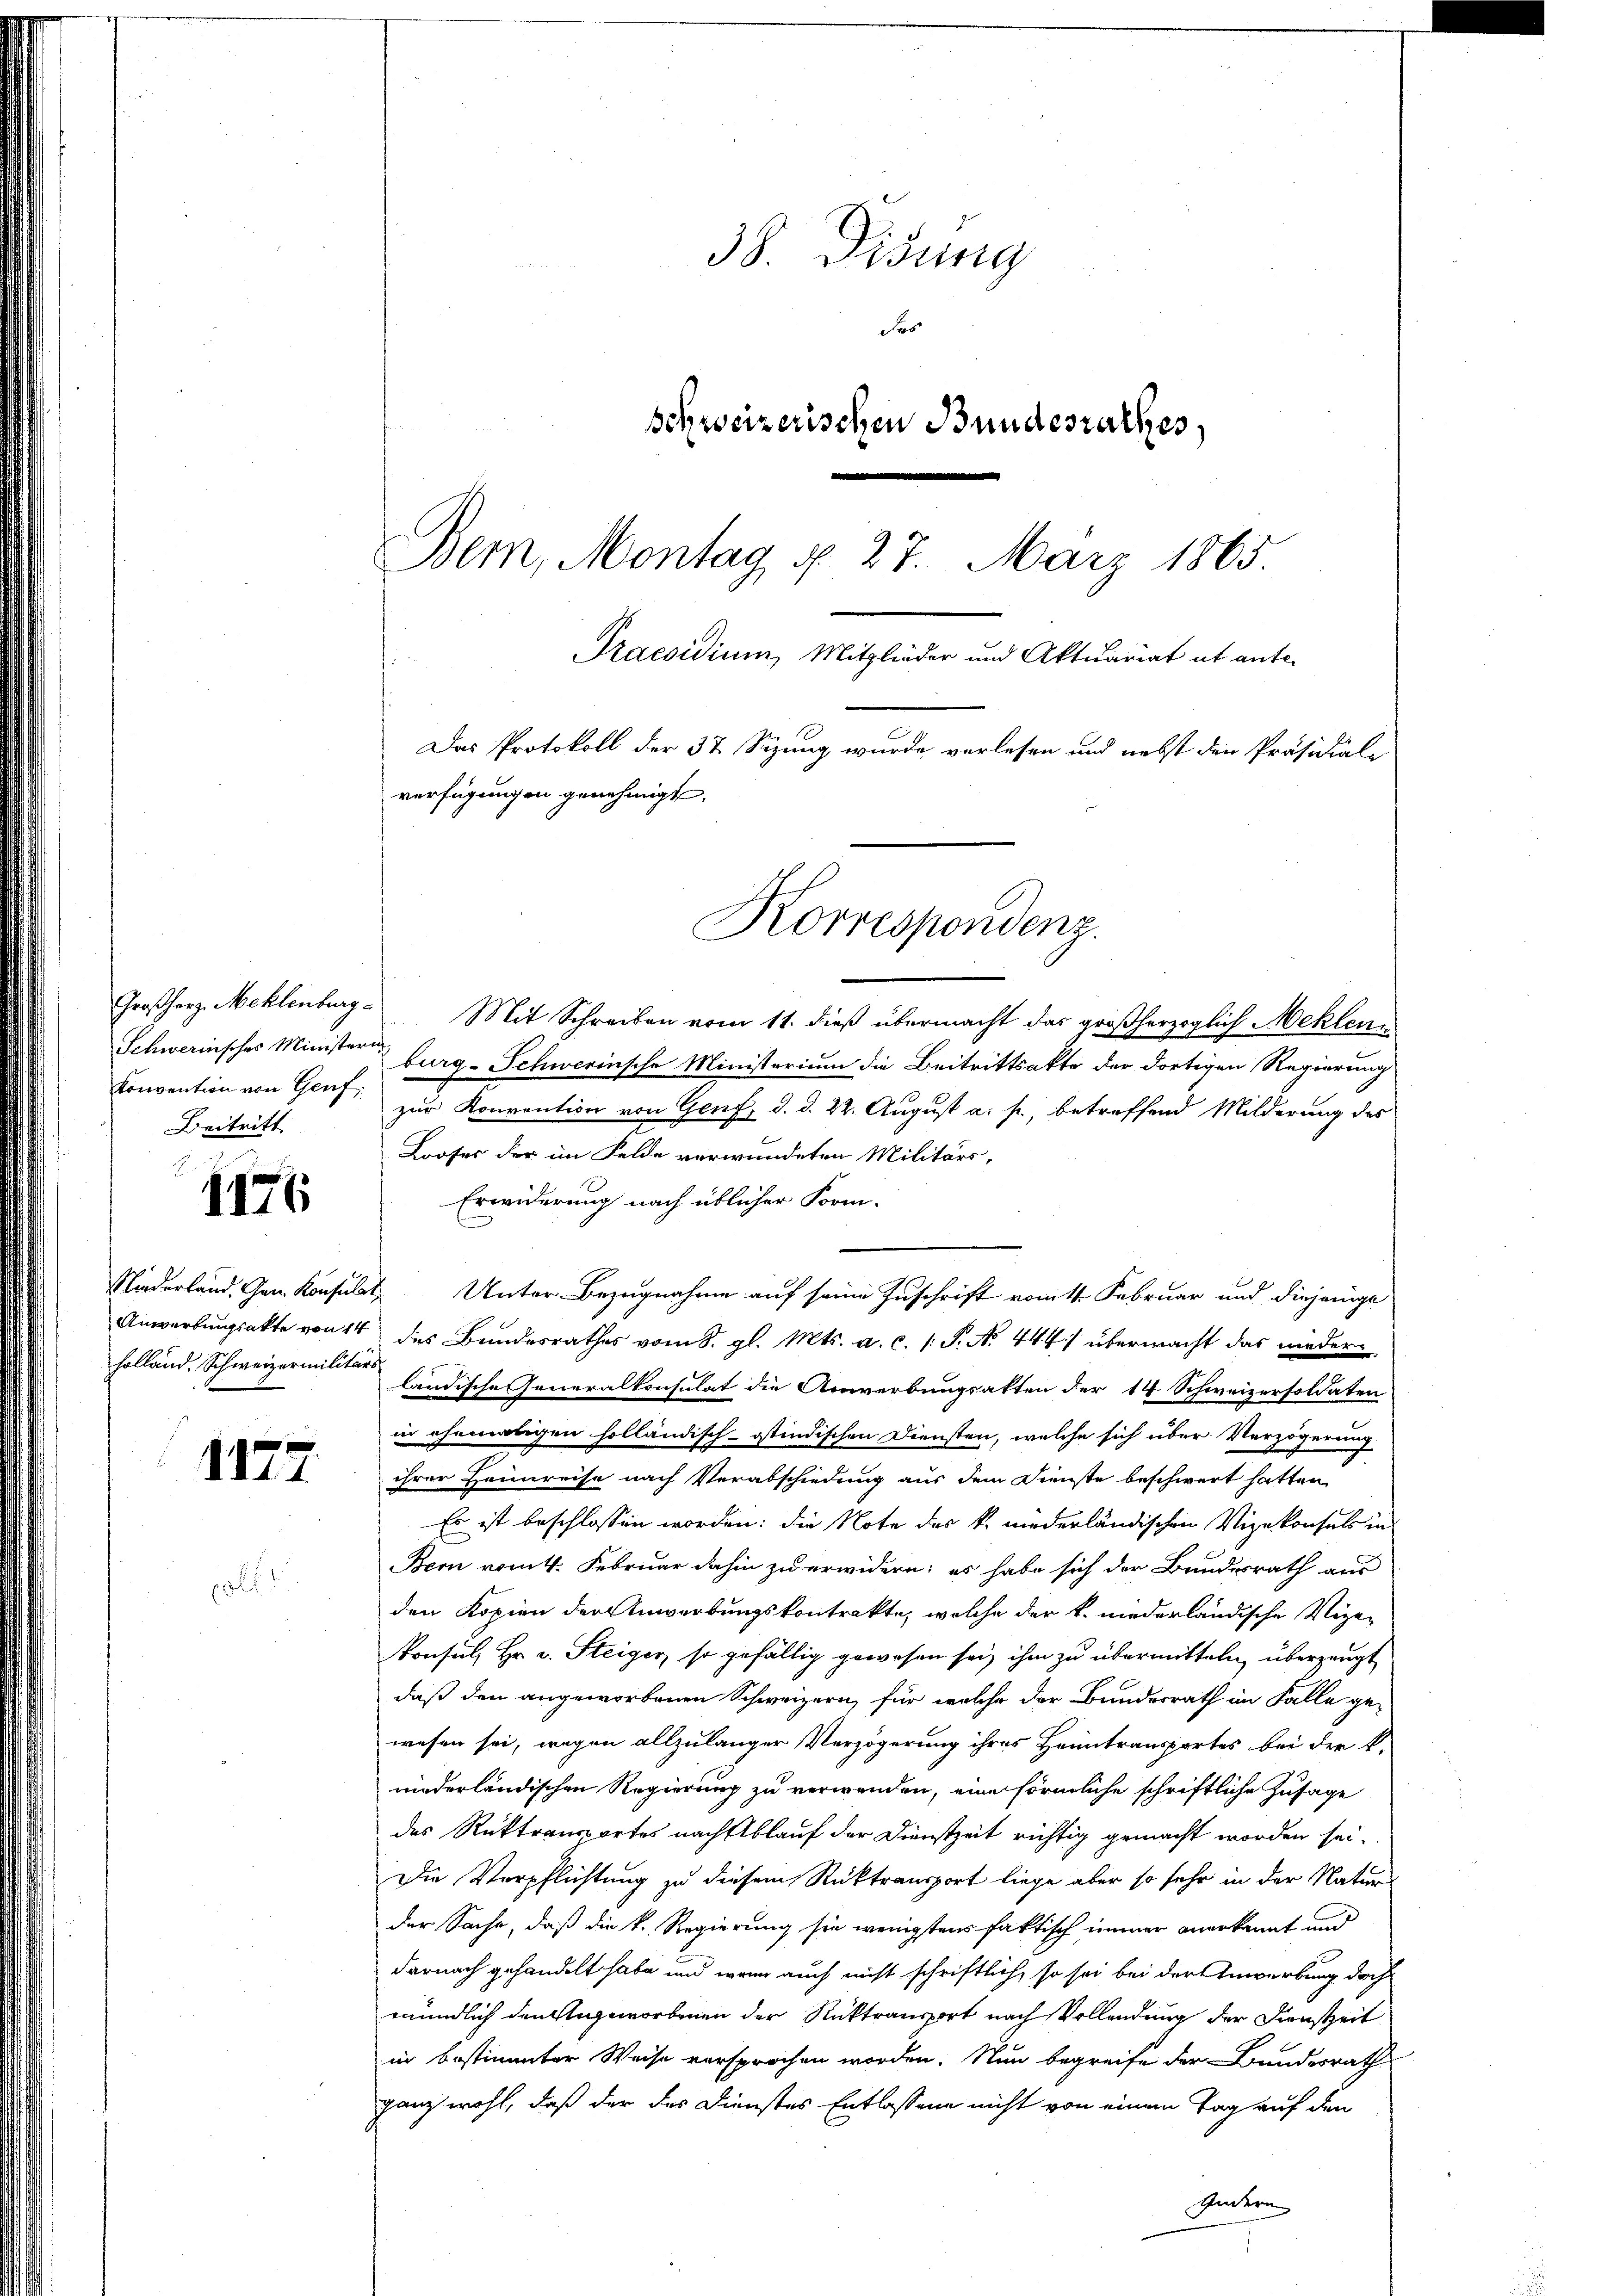
1176

holland. Schweizermilitärs

1127

Großherz. Mehlenburg
Schwerinsches Ministeria
Konvention von Genf,
Beitritt.

Mit Schreiben vom 11. dieß übermacht das großherzoglich Meklen
burg-Schwerinsche Ministerium die Beitrittsakte der dortigen Regierung
zur Konvention von Genf, d. d. 22. August a. p., betreffend Milderung des
Looses der im Felde verwundeten Militärs-
Erwiderung nach üblicher Form-
Niederland. Gem. Konsulat Unter Bezugnahme auf seine Zuschrift vom 14. Februar und diejenige
Anwartungsakte von 14 des Bundesrathes vom 8. gl. Mts. a. c. s. S. N. 444) übermacht das niederländische Generalkonsulat die Anwerbungsakten der 14 Schweizersoldaten
in ehemaligen holländisch-ostindischen Diensten, welche sich über Verzögerung
ihrer Heimreise nach Verabschiedung aus dem Dienste beschwert hatten
Es ist beschlossen worden: die Note der k. niederländischen Vizekonsuls in
Bern vom 4. Februar dahin zu erwidern; es habe sich der Bundesrath aus
den Kopien der Anwerbungskontrakte, welche der k. niederländische Vize-
Konsul, Hr. v. Steiger so gefällig gewesen sei, ihm zu übermitteln überzeugt
daß den angeworbenen Schweizern, für welche der Bundesrath im Falle ge-
wesen sei, wegen allzulanger Verzögerung ihres Heimtransportes bei der k.
niederländischen Regierung zu verwenden, eine förmliche schriftliche Zusage
des Rüktransportes nach Ablauf der Dienstzeit richtig gemacht worden sei.
Die Verpflichtung zu diesem Rücktransport liege aber so sehr in der Natur
der Sache, daß die k. Regierung sie wenigstens faktisch immer anerkannt und
darnach gehandelt habe und wenn auch nicht schriftlich, so sei bei der Anwerbung doch
mündlich denstigeworbenen der Rücktransport nach Vollendung der Dienstzeit
in bestimmter Weise versprochen worden. Nun begreife der Bundesrath
ganz wohl, daß der der Dienstes Entlassene nicht von einem Tag auf den
Untern

38. Didung
Fes
schweizerischen Bundesrathes,
Bem, Montag d. 27. März 1865.
Praesidium, Mitglieder und Aktuariat ab ante-
Das Protokoll der 37. Sizung wurde verlesen und nebst den Präsidiale
verfügungen genehmigt.

Korrespondenz.